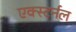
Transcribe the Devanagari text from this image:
एक्स्टर्नल